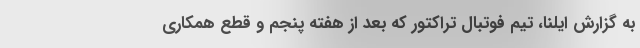
به گزارش ایلنا، تیم فوتبال تراکتور که بعد از هفته پنجم و قطع همکاری